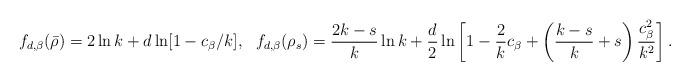
LaTeX: \begin{align*}f_{d,\beta}(\bar{\rho})&=2\ln k + d\ln[1-c_\beta/k],&f_{d,\beta}(\rho_s)&=\frac{2k-s}{k}\ln k + \frac{d}{2}\ln\left[1-\frac{2}{k}c_\beta+\left(\frac{k-s}{k}+s\right)\frac{c_\beta^2}{k^2}\right].\end{align*}